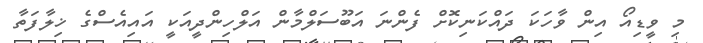
މި ވީޑިއޯ އިން ވާހަކަ ދައްކަނިކޮށް ފެންނަ އަބޫސަލްމާން އަލްހިންދީއަކީ އައިއެސްގެ ޚިލާފަތާ